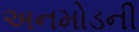
અનમોડની